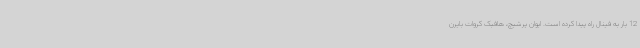
12 بار به فینال راه پیدا کرده است. ایوان پرشیچ، هافبک کروات بایرن